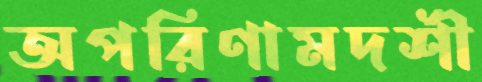
অপরিণামদর্শী